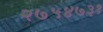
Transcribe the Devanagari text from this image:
२७५४७३१